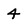
Character: 4